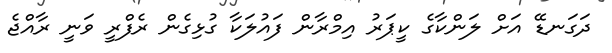
ދަގަނޑޭ އަށް ލަންކާގެ ކީޕަރު އިމްރާން ފައުލަކާ ގުޅިގެން ރެފްރީ ވަނީ ރާއްޖެ